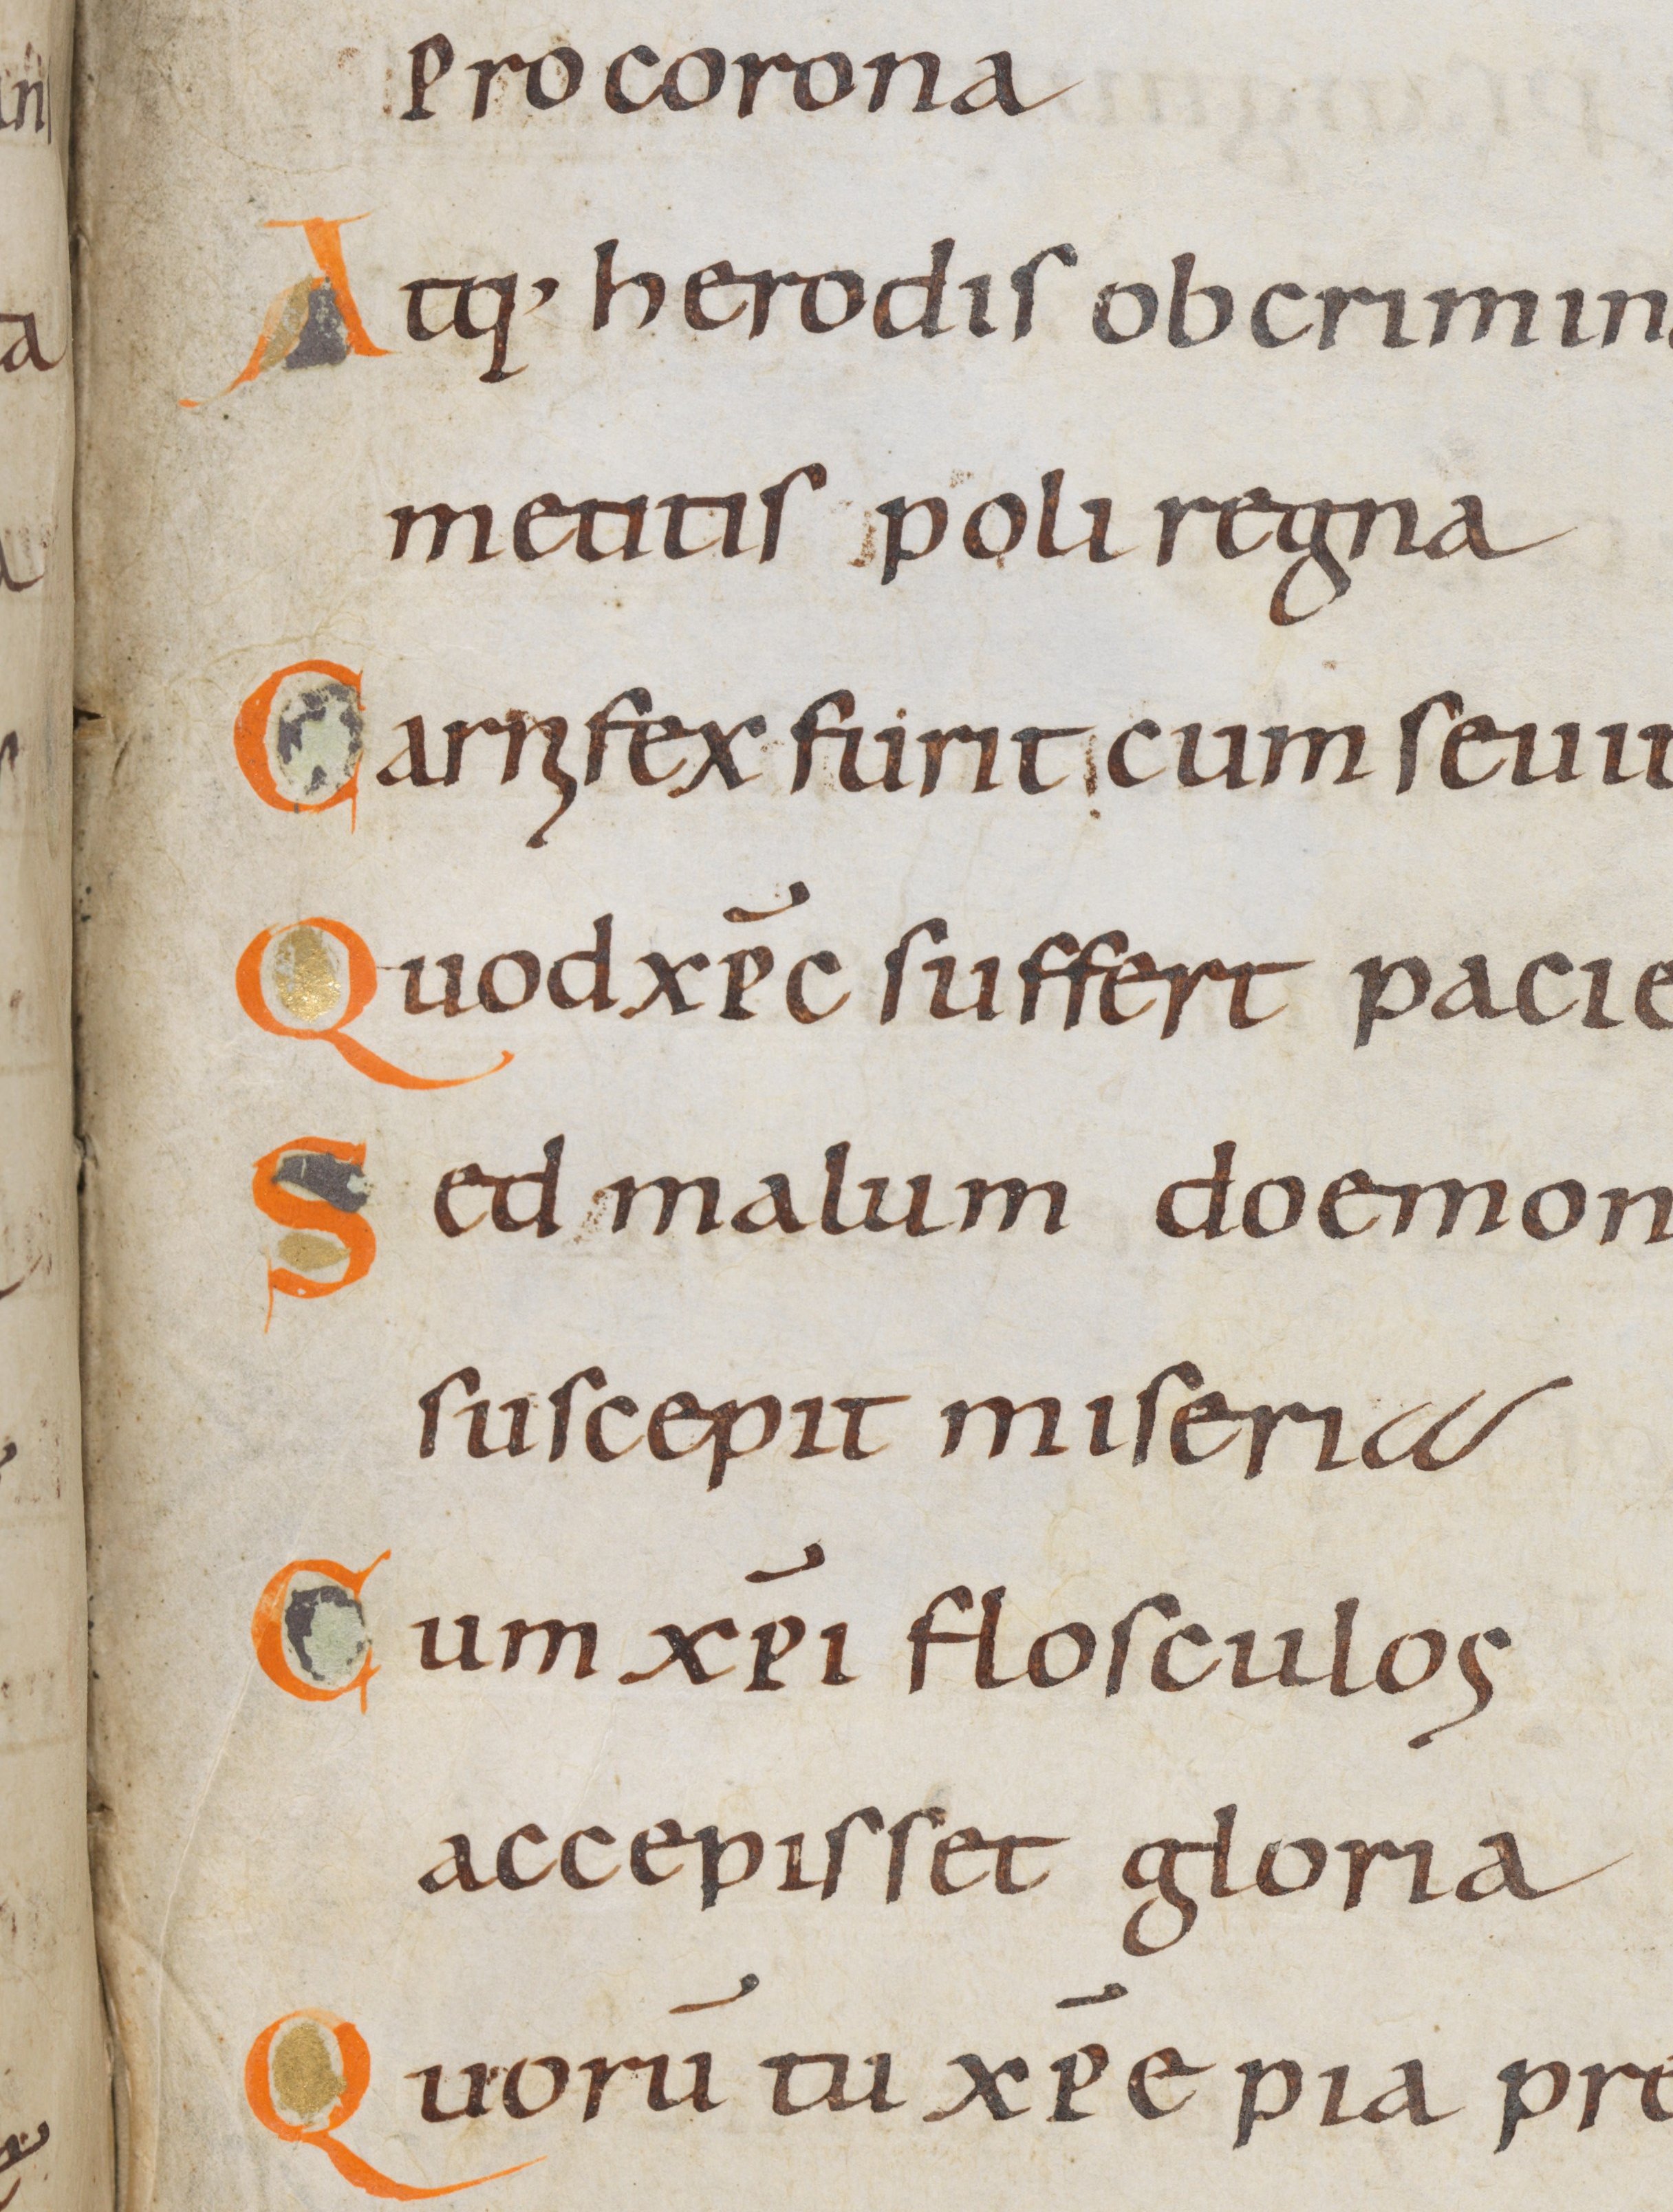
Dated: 945–985